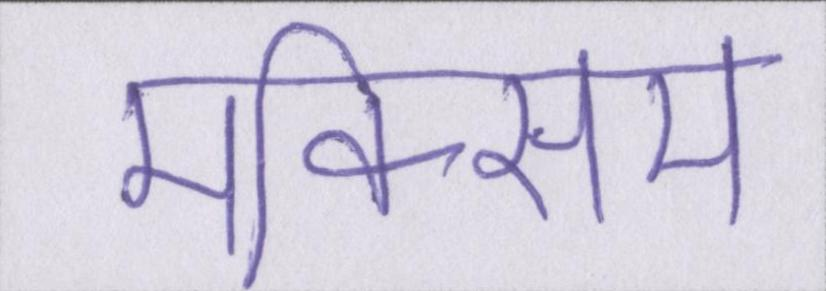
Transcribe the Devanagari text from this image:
मैक्सिम